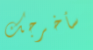
سأخرجك